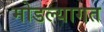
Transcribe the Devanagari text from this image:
मोडल्यागत